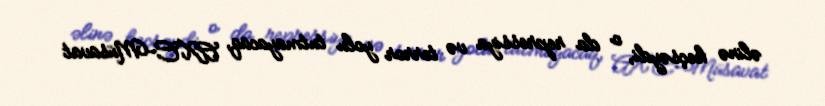
əlinə keçsəydi, o da repressiya və terror yolu tutmayacaq, AXC-Müsavat